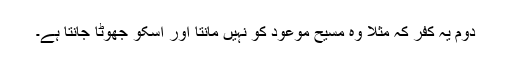
دوم یہ کفر کہ مثلاً وہ مسیح موعود کو نہیں مانتا اور اسکو جھوٹا جانتا ہے۔